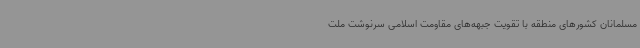
مسلمانان کشورهای منطقه با تقویت جبهه‌های مقاومت اسلامی سرنوشت ملت